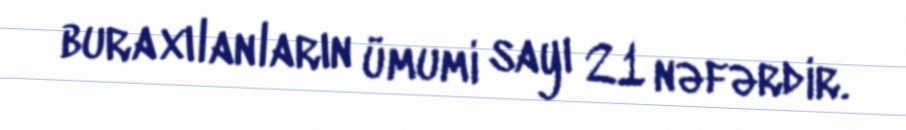
buraxılanların ümumi sayı 21 nəfərdir.